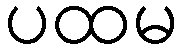
ပထမ